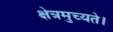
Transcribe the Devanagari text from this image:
क्षेत्रमुच्यते।